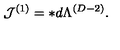
{ \cal J } ^ { ( 1 ) } = \ast d \Lambda ^ { ( D - 2 ) } .